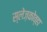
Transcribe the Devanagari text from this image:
स्लेज़कोव्हा